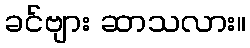
ခင်ဗျား ဆာသလား။